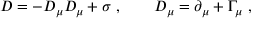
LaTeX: D = - D _ { \mu } D _ { \mu } + \sigma \ , \qquad D _ { \mu } = \partial _ { \mu } + \Gamma _ { \mu } \ ,